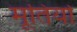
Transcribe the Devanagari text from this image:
मूतिर्यो